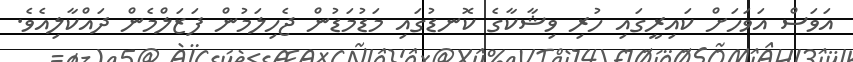
އަވަސް އަވަހަށް ކައިރީގައި ހުރި ވިޝާކާގެ ކޮނޑުގައި މަޑުމަޑުން ޖެހިލަމުން ފަޒަލްމެން ދައްކާލިއެވެ.